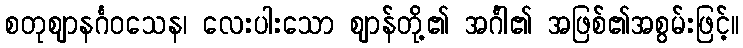
စတုဈာနင်္ဂဝသေန၊ လေးပါးသော ဈာန်တို့၏ အင်္ဂါ၏ အဖြစ်၏အစွမ်းဖြင့်။